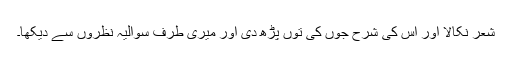
شعر نکالا اور اس کی شرح جوں کی توں پڑھ دی اور میری طرف سوالیہ نظروں سے دیکھا۔